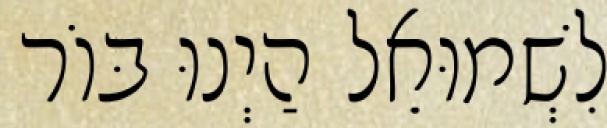
לִשְׁמוּאֵל הַיְנוּ בּוֹר